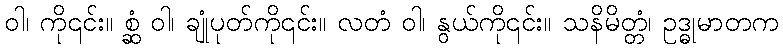
ဝါ၊ ကို၎င်း။ စ္ဆံ ဝါ၊ ချုံပုတ်ကို၎င်း။ လတံ ဝါ၊ နွယ်ကို၎င်း။ သနိမိတ္တံ၊ ဥဒ္ဓုမာတက